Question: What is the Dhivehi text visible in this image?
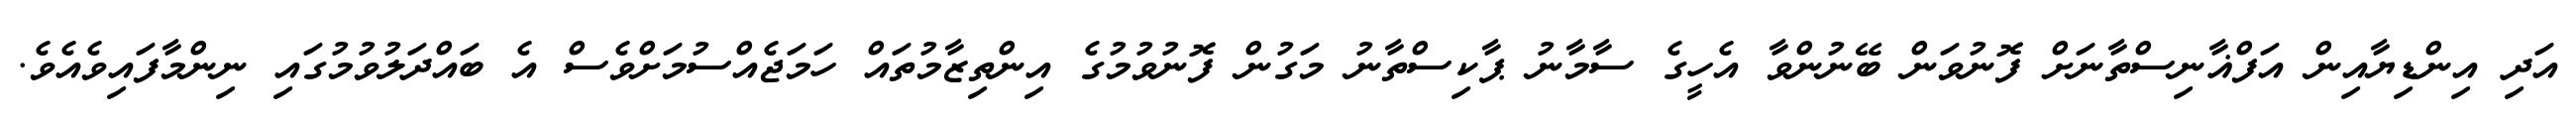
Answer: އަދި އިންޑިޔާއިން އަފްޣާނިސްތާނަށް ފޮނުވަން ބޭނުންވާ އެހީގެ ސާމާނު ޕާކިސްތާނު މަގުން ފޮނުވުމުގެ އިންތިޒާމުތައް ހަމަޖެއްސުމަށްވެސް އެ ބައްދަލުވުމުގައި ނިންމާފައިވެއެވެ.